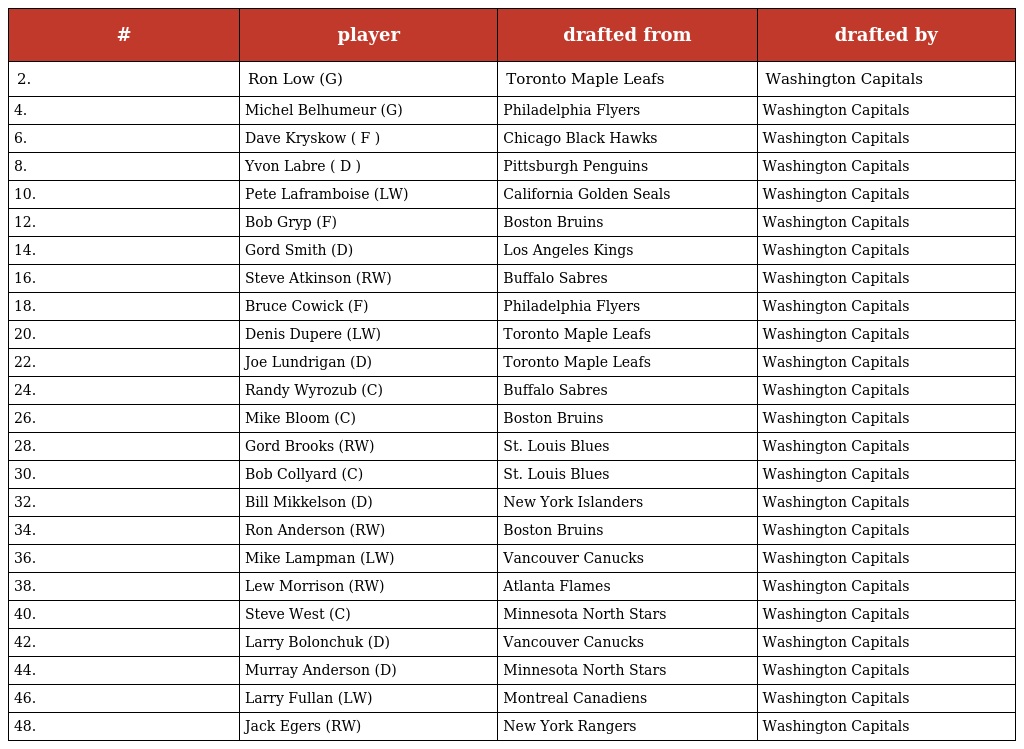
| # | player | drafted from | drafted by |
 | --- | --- | --- | --- |
 | 2. | Ron Low (G) | Toronto Maple Leafs | Washington Capitals |
 | 4. | Michel Belhumeur (G) | Philadelphia Flyers | Washington Capitals |
 | 6. | Dave Kryskow ( F ) | Chicago Black Hawks | Washington Capitals |
 | 8. | Yvon Labre ( D ) | Pittsburgh Penguins | Washington Capitals |
 | 10. | Pete Laframboise (LW) | California Golden Seals | Washington Capitals |
 | 12. | Bob Gryp (F) | Boston Bruins | Washington Capitals |
 | 14. | Gord Smith (D) | Los Angeles Kings | Washington Capitals |
 | 16. | Steve Atkinson (RW) | Buffalo Sabres | Washington Capitals |
 | 18. | Bruce Cowick (F) | Philadelphia Flyers | Washington Capitals |
 | 20. | Denis Dupere (LW) | Toronto Maple Leafs | Washington Capitals |
 | 22. | Joe Lundrigan (D) | Toronto Maple Leafs | Washington Capitals |
 | 24. | Randy Wyrozub (C) | Buffalo Sabres | Washington Capitals |
 | 26. | Mike Bloom (C) | Boston Bruins | Washington Capitals |
 | 28. | Gord Brooks (RW) | St. Louis Blues | Washington Capitals |
 | 30. | Bob Collyard (C) | St. Louis Blues | Washington Capitals |
 | 32. | Bill Mikkelson (D) | New York Islanders | Washington Capitals |
 | 34. | Ron Anderson (RW) | Boston Bruins | Washington Capitals |
 | 36. | Mike Lampman (LW) | Vancouver Canucks | Washington Capitals |
 | 38. | Lew Morrison (RW) | Atlanta Flames | Washington Capitals |
 | 40. | Steve West (C) | Minnesota North Stars | Washington Capitals |
 | 42. | Larry Bolonchuk (D) | Vancouver Canucks | Washington Capitals |
 | 44. | Murray Anderson (D) | Minnesota North Stars | Washington Capitals |
 | 46. | Larry Fullan (LW) | Montreal Canadiens | Washington Capitals |
 | 48. | Jack Egers (RW) | New York Rangers | Washington Capitals |